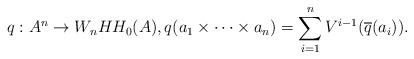
LaTeX: \begin{align*}q:A^n \to W_nHH_0(A), q(a_1 \times \dots \times a_n) =\sum_{i=1}^n V^{i-1}(\overline{q}(a_i)).\end{align*}